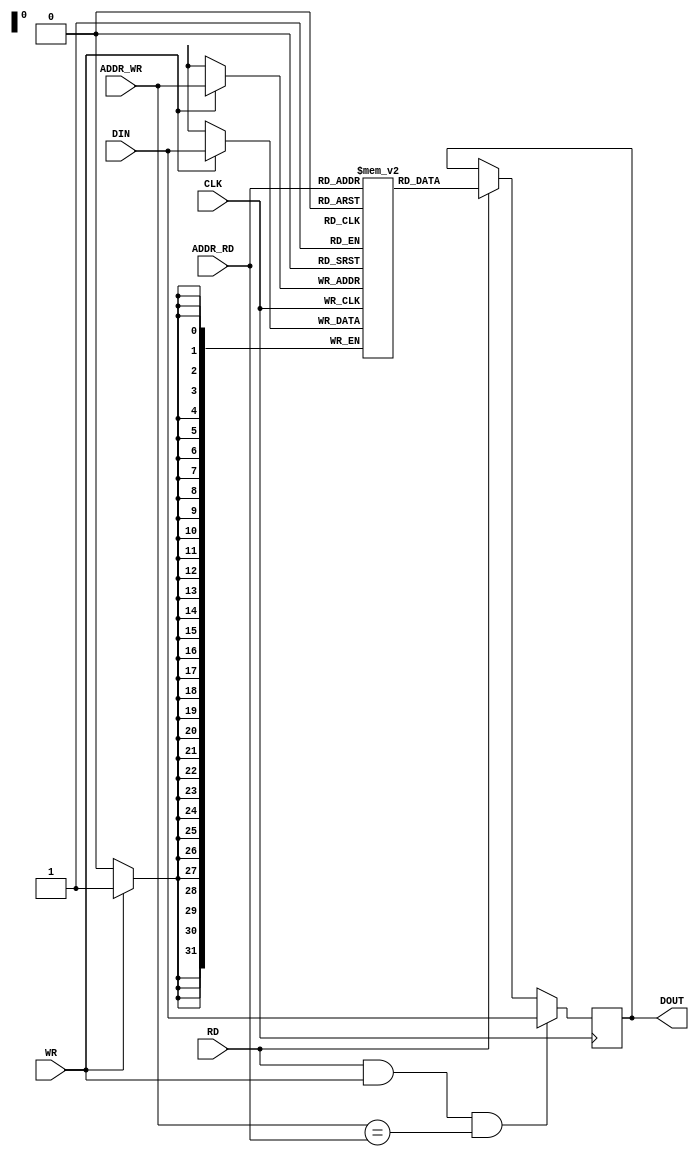
module bram_mem
#(
   parameter   ADDR_WIDTH   =  32,
   parameter   DATA_WIDTH   =  32
)
(
   input                         CLK,
   input                         WR,
   input    [ADDR_WIDTH-1:0]     ADDR_WR,
   input    [DATA_WIDTH-1:0]     DIN,
   input                         RD,
   input    [ADDR_WIDTH-1:0]     ADDR_RD,
   output   [DATA_WIDTH-1:0]     DOUT
);

(* RAM_STYLE = "BLOCK" *)
reg   [DATA_WIDTH-1:0]  mem[(2**ADDR_WIDTH)-1:0];
reg   [DATA_WIDTH-1:0]  rd_data;

always @(posedge CLK) begin
   if (WR)  mem[ADDR_WR]   <= DIN;
end

always @(posedge CLK) begin
   if (RD & WR & (ADDR_WR == ADDR_RD))  rd_data <= DIN;
   else if (RD) rd_data <= mem[ADDR_RD];
end
      
assign   DOUT  =  rd_data;

endmodule